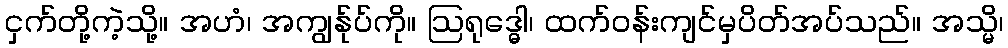
ငှက်တို့ကဲ့သို့။ အဟံ၊ အကျွန်ုပ်ကို။ ဩရုဒ္ဓေါ၊ ထက်ဝန်းကျင်မှပိတ်အပ်သည်။ အသ္မိ၊